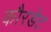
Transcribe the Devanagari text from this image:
कौरडेट